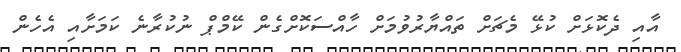
އާއި ދެކޮޅަށް ކުޅޭ މެޗަށް ތައްޔާރުވުމަށް ހާއްސަކޮށްގެން ކޭމްޕް ނުކުރާނެ ކަމަށާއި އެހެން